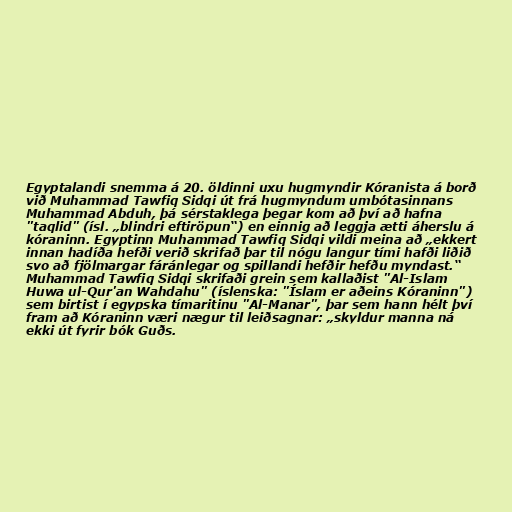
Egyptalandi snemma á 20. öldinni uxu hugmyndir Kóranista á borð
við Muhammad Tawfiq Sidqi út frá hugmyndum umbótasinnans
Muhammad Abduh, þá sérstaklega þegar kom að því að hafna
"taqlid" (ísl. „blindri eftiröpun“) en einnig að leggja ætti áherslu á
kóraninn. Egyptinn Muhammad Tawfiq Sidqi vildi meina að „ekkert
innan hadíða hefði verið skrifað þar til nógu langur tími hafði liðið
svo að fjölmargar fáránlegar og spillandi hefðir hefðu myndast.“
Muhammad Tawfiq Sidqi skrifaði grein sem kallaðist "Al-Islam
Huwa ul-Qur'an Wahdahu" (íslenska: "Íslam er aðeins Kóraninn")
sem birtist í egypska tímaritinu "Al-Manar", þar sem hann hélt því
fram að Kóraninn væri nægur til leiðsagnar: „skyldur manna ná
ekki út fyrir bók Guðs.